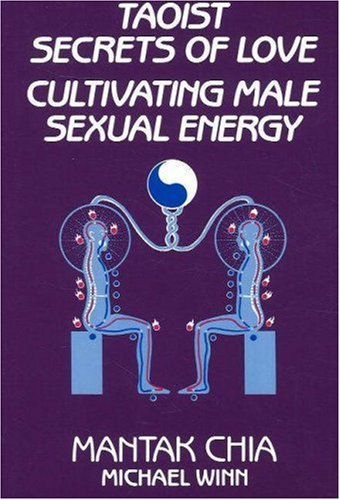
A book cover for Taoist Secrets of Love: Cultivating Male Sexual Energy; Mantak Chia; Self-Help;